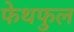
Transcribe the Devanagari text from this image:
फेथफुल